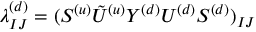
\lambda _ { I J } ^ { ( d ) } = ( S ^ { ( u ) } { \tilde { U } ^ { ( u ) } } Y ^ { ( d ) } U ^ { ( d ) } S ^ { ( d ) } ) _ { I J }